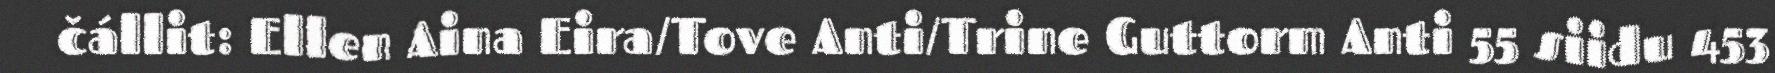
čállit: Ellen Aina Eira/Tove Anti/Trine Guttorm Anti 55 siidu 453